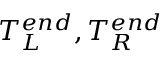
T _ { L } ^ { e n d } , T _ { R } ^ { e n d }